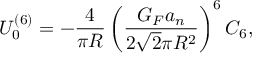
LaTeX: U _ { 0 } ^ { ( 6 ) } = - \frac { 4 } { \pi R } \left( \frac { G _ { F } a _ { n } } { 2 \sqrt { 2 } \pi R ^ { 2 } } \right) ^ { 6 } C _ { 6 } ,